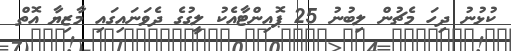
ކުޅުނު ދިހަ މެޗުން ލިބުނު 25 ޕޮއިންޓާއެކު ލީގުގެ ދެވަނައިގައި މާޒިޔާ އޮތް